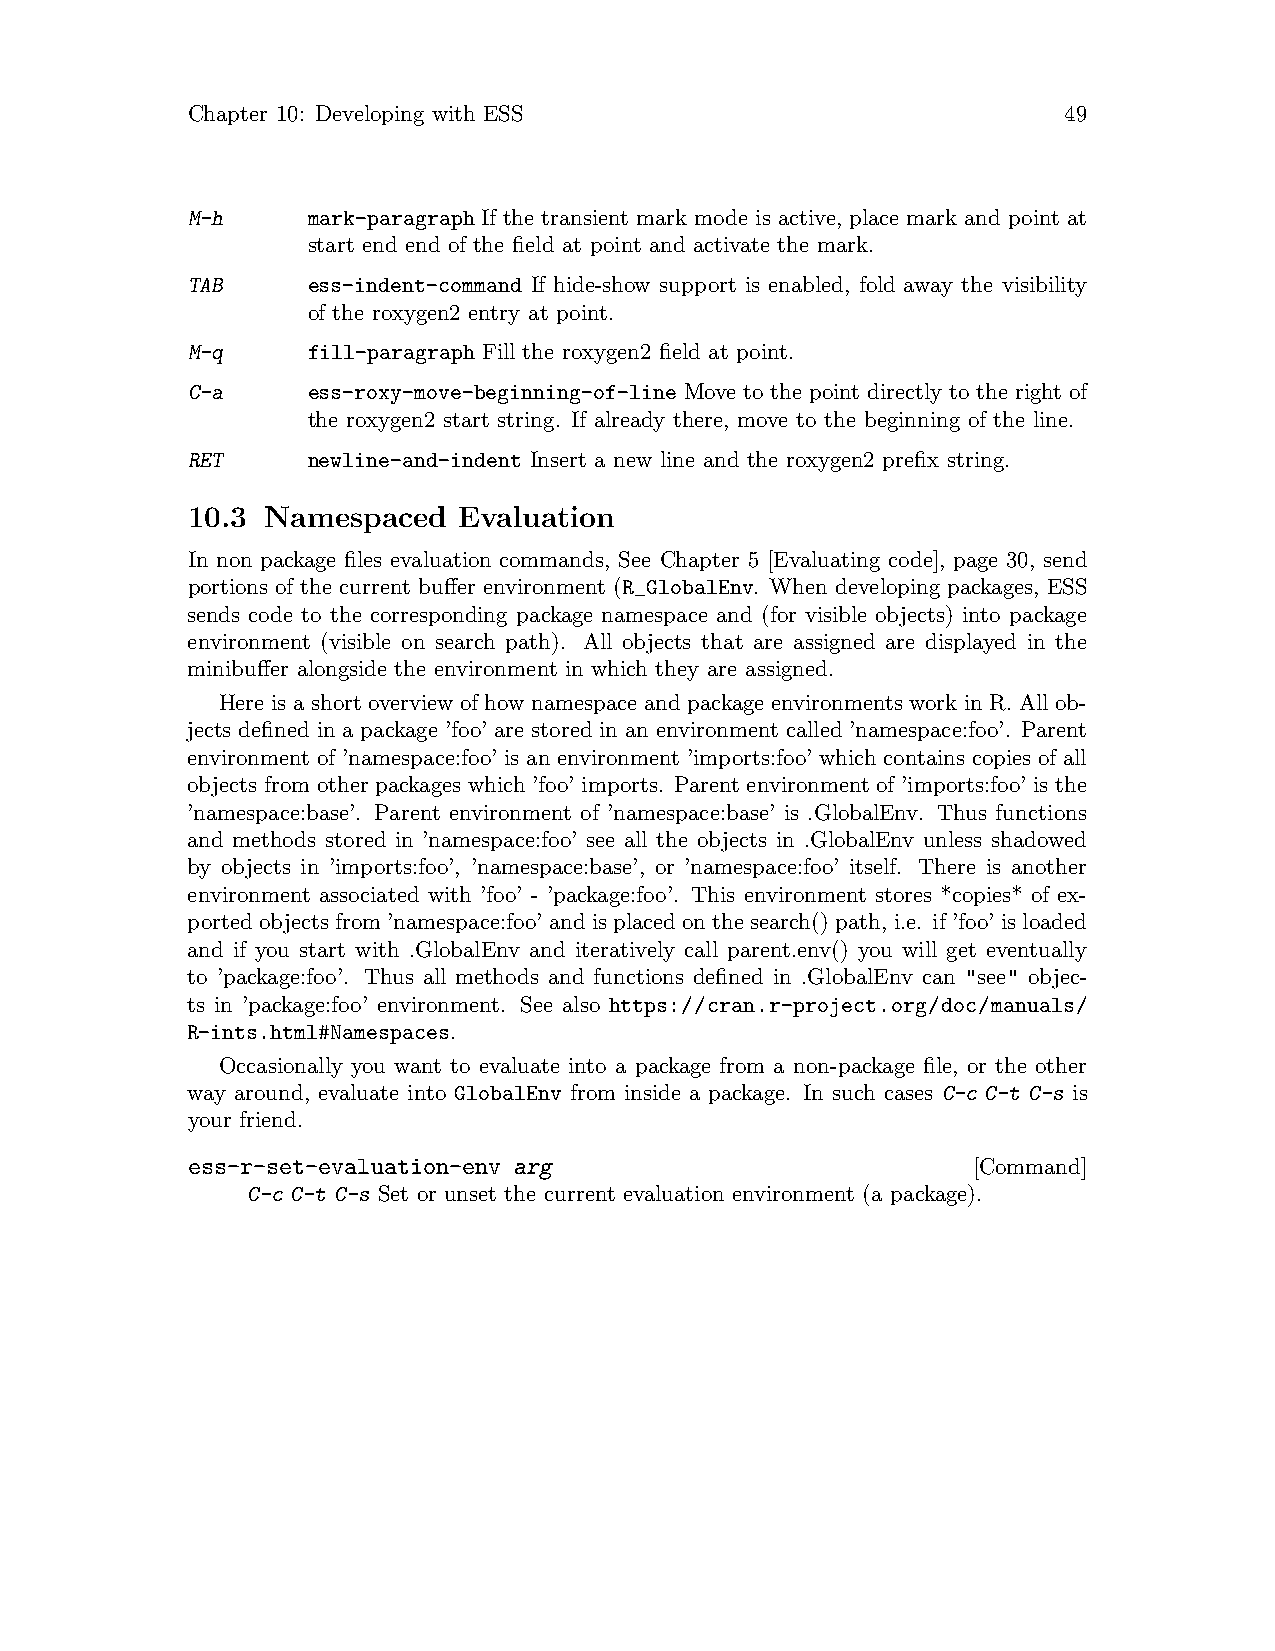
Chapter 10: Developing with ESS                           49
 M-h     mark-paragraph If the transient mark mode is active, place mark and point at
 start end end of the field at point and activate the mark.
 TAB     ess-indent-command If hide-show support is enabled, fold away the visibility
 of the roxygen2 entry at point.
 M-q     fill-paragraph Fill the roxygen2 field at point.
 C-a     ess-roxy-move-beginning-of-line Move to the point directly to the right of
 the roxygen2 start string. If already there, move to the beginning of the line.
 RET     newline-and-indent Insert a new line and the roxygen2 prefix string.
 10.3 Namespaced   Evaluation
 In non package files evaluation commands, See Chapter 5 [Evaluating code], page 30, send
 portions of the current buffer environment (R_GlobalEnv. When developing packages, ESS
 sends code to the corresponding package namespace and (for visible objects) into package
 environment (visible on search path). All objects that are assigned are displayed in the
 minibuffer alongside the environment in which they are assigned.
 Here is a short overview of how namespace and package environments work in R. All ob-
 jects defined in a package ’foo’ are stored in an environment called ’namespace:foo’. Parent
 environment of ’namespace:foo’ is an environment ’imports:foo’ which contains copies of all
 objects from other packages which ’foo’ imports. Parent environment of ’imports:foo’ is the
 ’namespace:base’. Parent environment of ’namespace:base’ is .GlobalEnv. Thus functions
 and methods stored in ’namespace:foo’ see all the objects in .GlobalEnv unless shadowed
 by objects in ’imports:foo’, ’namespace:base’, or ’namespace:foo’ itself. There is another
 environment associated with ’foo’ - ’package:foo’. This environment stores *copies* of ex-
 portedobjectsfrom’namespace:foo’andisplacedonthesearch()path, i.e. if’foo’isloaded
 and if you start with .GlobalEnv and iteratively call parent.env() you will get eventually
 to ’package:foo’. Thus all methods and functions defined in .GlobalEnv can "see" objec-
 ts in ’package:foo’ environment. See also https://cran.r-project.org/doc/manuals/
 R-ints.html#Namespaces.
 Occasionally you want to evaluate into a package from a non-package file, or the other
 way around, evaluate into GlobalEnv from inside a package. In such cases C-c C-t C-s is
 your friend.
 ess-r-set-evaluation-env arg                        [Command]
 C-c C-t C-s Set or unset the current evaluation environment (a package).